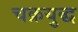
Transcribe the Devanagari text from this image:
चक्रयुद्ध